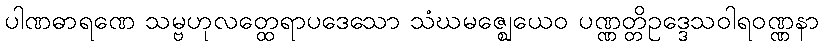
ပါဏဓာရဏေ သမ္ဗဟုလတ္ထေရာပဒေသော သံဃမဇ္ဈေယေဝ ပဏ္ဏတ္တိဥဒ္ဒေသဝါရဝဏ္ဏနာ